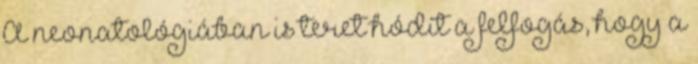
A neonatológiában is teret hódít a felfogás, hogy a